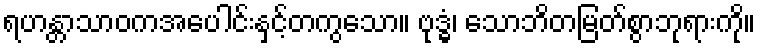
ရဟန္တာသာဝကအပေါင်းနှင့်တကွသော။ ဗုဒ္ဓံ၊ သောဘိတမြတ်စွာဘုရားကို။